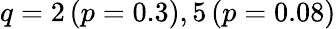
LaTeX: q=2\, (p=0.3),5\, (p=0.08)